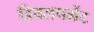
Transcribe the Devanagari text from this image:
डिवलपमेंट